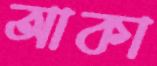
আকা